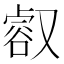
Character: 㕡